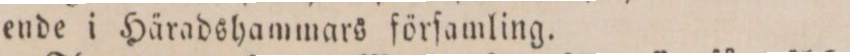
ende i Häradshammars förſamling.